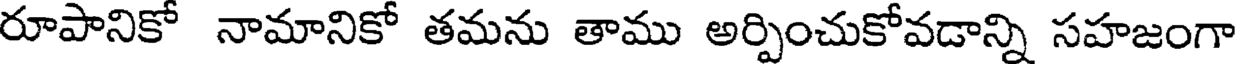
రూపానికో నామానికో తమను తాము అర్పించుకోవడాన్ని సహజంగా